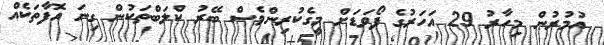
އުމުރުން މިހާރު 29 އަހަރުގެ ފޯވަޑަށް މީގެކުރިންވެސް ބޭރު ކްލަބްތަކުން ގިނަ އޮފާތަކެއް